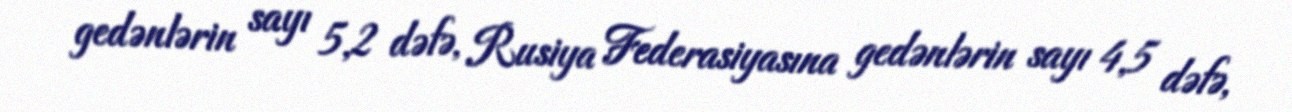
gedənlərin sayı 5,2 dəfə, Rusiya Federasiyasına gedənlərin sayı 4,5 dəfə,